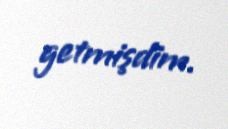
getmişdim.